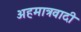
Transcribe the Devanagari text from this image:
अहमात्रवादी